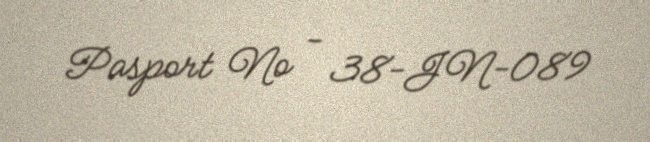
Pasport № - 38-JN-089